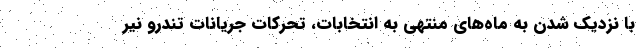
با نزدیک شدن به ماه‌های منتهی به انتخابات، تحرکات جریانات تندرو نیر